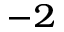
^ { - 2 }